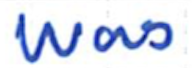
Text: was
Cross-out: clean
Writing tool: ballpoint